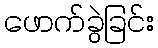
ဖောက်ခွဲခြင်း